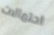
احتمالات